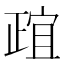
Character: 𬆄